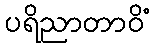
ပရိညာတာဝိံ